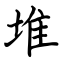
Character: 堆